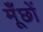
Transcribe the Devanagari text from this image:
मूँछों